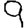
Digit: 9